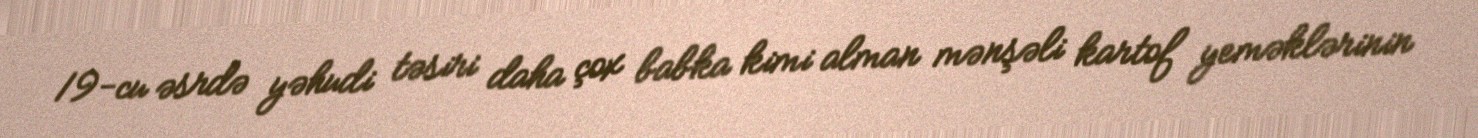
19-cu əsrdə yəhudi təsiri daha çox babka kimi alman mənşəli kartof yeməklərinin